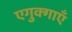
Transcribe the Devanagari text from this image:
एगुक्गाएँ